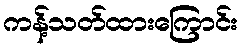
ကန့်သတ်ထားကြောင်း